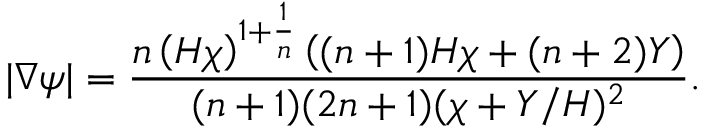
| \nabla \psi | = \frac { \displaystyle { n \left( H \chi \right) ^ { 1 + \frac { 1 } { n } } \left( ( n + 1 ) H \chi + ( n + 2 ) Y \right) } } { ( n + 1 ) ( 2 n + 1 ) ( \chi + Y / H ) ^ { 2 } } .